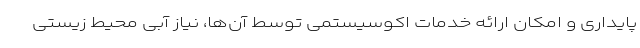
پایداری و امکان ارائه خدمات اکوسیستمی توسط آن‌ها، نیاز آبی محیط زیستی